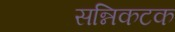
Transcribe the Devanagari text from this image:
सन्निकटक